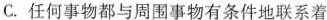
C.任何事物都与周围事物有条件地联系着